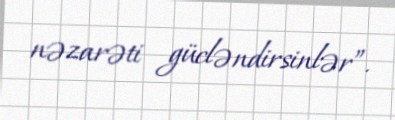
nəzarəti gücləndirsinlər”.